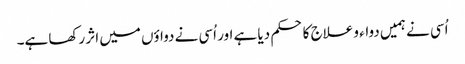
اُسی نے ہمیں دواء و علاج کا حکم دیا ہے اور اُسی نے دواؤں میں اثر رکھا ہے۔